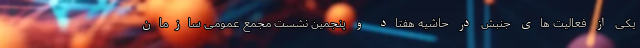
یکی از فعالیت های جنبش در حاشیه هفتاد و پنجمین نشست مجمع عمومی سازمان